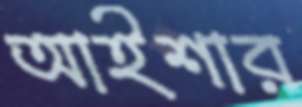
আইশার